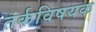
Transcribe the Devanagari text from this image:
तर्कविषयक